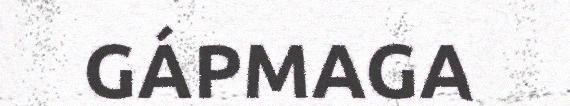
GÁPMAGA